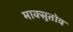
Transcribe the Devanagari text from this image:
माक्सुतोव